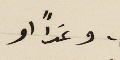
وغداً او